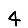
Digit: 4